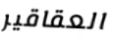
العقاقير